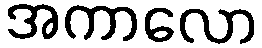
အကာလော